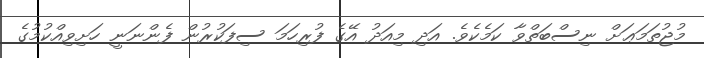
މުޖުތަމަޢަށް ނިސްބަތްވާ ކަމެކެވެ. އަދި މިއަދު އޭގެ ފުރިހަމަ ސިފަކުރުން ފެންނަނީ ހަށިވިއްކުމުގެ